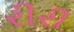
રીરી